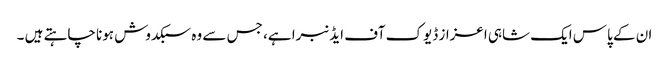
ان کے پاس ایک شاہی اعزاز ڈیوک آف ایڈنبرا ہے، جس سے وہ سبکدوش ہونا چاہتے ہیں ۔